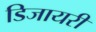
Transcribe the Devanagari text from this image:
डिजायरी